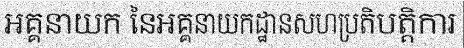
អគ្គនាយក នៃអគ្គនាយកដ្ឋានសហប្រតិបត្តិការ